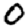
Digit: 0